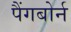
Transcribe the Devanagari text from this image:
पैंगबोर्न